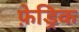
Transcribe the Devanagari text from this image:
फ़ेड्रिक